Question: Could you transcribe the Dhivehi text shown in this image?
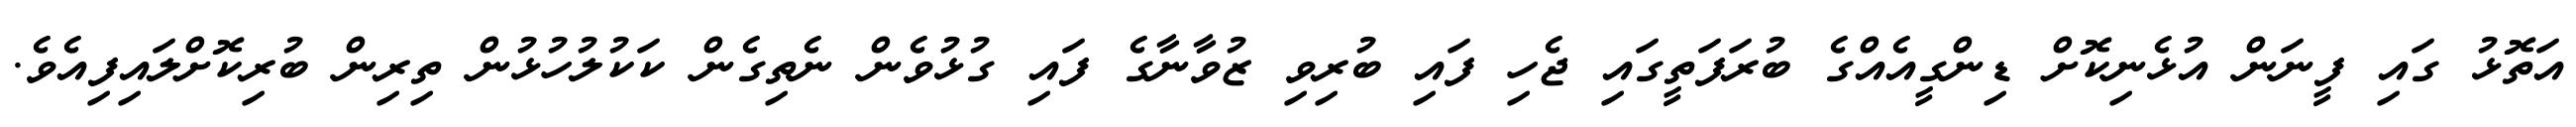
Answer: އަތޮޅު ގައި ފީނަން އުޅެނިކޮށް ޑިންގީއެއްގެ ބުރަފަތީގައި ޖެހި ފައި ބުރިވި ޒުވާނާގެ ފައި ގުޅުވެން ނެތިގެން ކަކުލުހުޅުން ތިރިން ބުރިކޮށްލައިފިއެވެ.